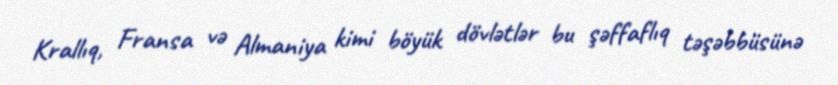
Krallıq, Fransa və Almaniya kimi böyük dövlətlər bu şəffaflıq təşəbbüsünə